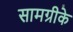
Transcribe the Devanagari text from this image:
सामग्रीके